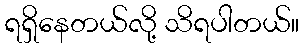
ရရှိနေတယ်လို့ သိရပါတယ်။